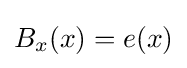
{{B}_{x}}(x)=e(x)